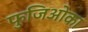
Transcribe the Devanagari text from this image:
फुजिओका